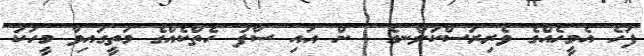
ފަހެ އެމީހެއްގެ ވެރިރަސްކަލާނގެ  ން އައި ސާފު ހެތްކެއްގެ މަތީގައިވާ މީހަކު